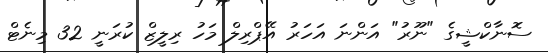
ސޮނާކްޝީގެ "ނޫރު" އަންނަ އަހަރު އޭޕްރިލް މަހު ރިލީޒް ކުރަނީ 32 މިނެޓް